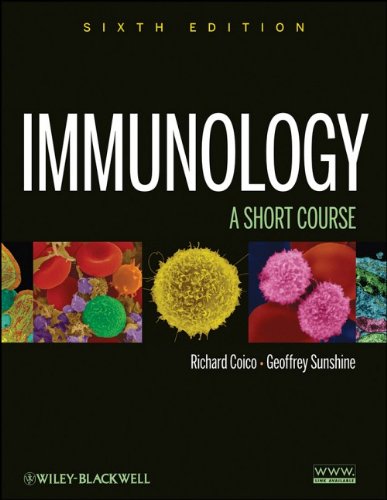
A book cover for Immunology: A Short Course; Richard Coico; Medical Books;